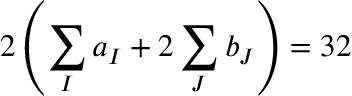
2 \left( \sum _ { I } a _ { I } + 2 \sum _ { J } b _ { J } \right) = 3 2